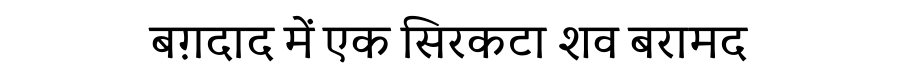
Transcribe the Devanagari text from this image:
बग़दाद में एक सिरकटा शव बरामद